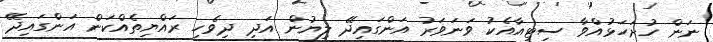
ނަން ހުށަހަޅުއްވާ ސިޓީއާއެކު ވަނަވަރު އަންގައިދޭ ލިޔުން އަދި ދިވެހި ރައްޔިތެއްކަން އަންގައިދޭ